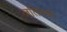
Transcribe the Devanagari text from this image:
जतिनदा